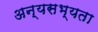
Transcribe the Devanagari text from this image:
अन्यसभ्यता